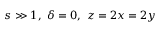
s \gg 1 , ~ \delta = 0 , ~ z = 2 x = 2 y